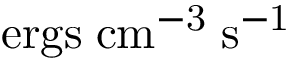
\mathrm { e r g s \; c m ^ { - 3 } \; s ^ { - 1 } }